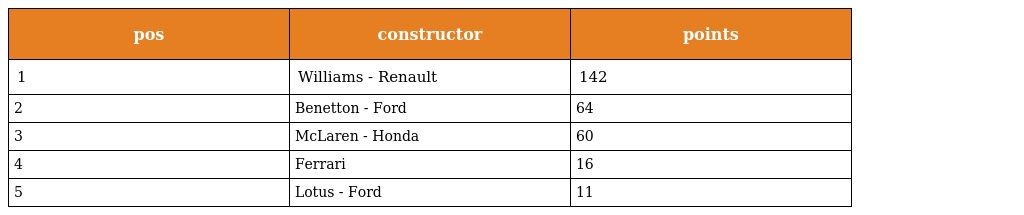
| pos | constructor | points |
 | --- | --- | --- |
 | 1 | Williams - Renault | 142 |
 | 2 | Benetton - Ford | 64 |
 | 3 | McLaren - Honda | 60 |
 | 4 | Ferrari | 16 |
 | 5 | Lotus - Ford | 11 |